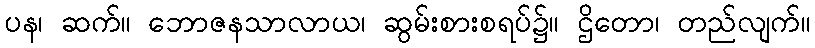
ပန၊ ဆက်။ ဘောဇနသာလာယ၊ ဆွမ်းစားစရပ်၌။ ဌိတော၊ တည်လျက်။